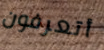
أتعرفون